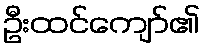
ဦးထင်ကျော်၏